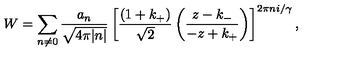
W = \sum _ { n \ne 0 } \frac { a _ { n } } { \sqrt { 4 \pi | n | } } \left[ \frac { ( 1 + k _ { + } ) } { \sqrt { 2 } } \left( \frac { z - k _ { - } } { - z + k _ { + } } \right) \right] ^ { 2 \pi n i / \gamma } ,